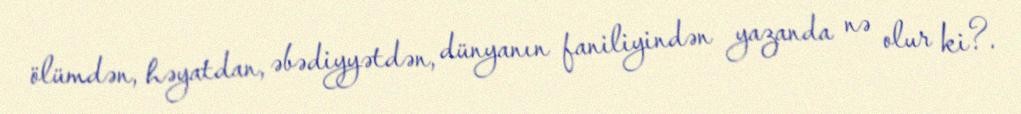
ölümdən, həyatdan, əbədiyyətdən, dünyanın faniliyindən yazanda nə olur ki?.